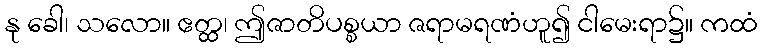
နု ခေါ၊ သလော။ ဧတ္ထ၊ ဤဇာတိပစ္စယာ ဇရာမရဏံဟူ၍ ငါမေးရာ၌။ ကထံ